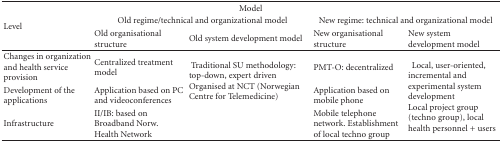
<table><thead><tr><td colspan="5"><b>Model</b></td></tr><tr><td rowspan="2"><b>Level</b></td><td colspan="2"><b>Old regime/technical and organizational model</b></td><td colspan="2"><b>New regime: technical and organizational model </b></td></tr><tr><td><b>Old organisational structure </b></td><td><b>Old system development model</b></td><td><b>New organisational structure</b></td><td><b>New system development model</b></td></tr></thead><tbody><tr><td>Changes in organization and health service provision </td><td>Centralized treatment model</td><td rowspan="3"> Traditional SU methodology:top-down, expert drivenOrganised at NCT (Norwegian Centre for Telemedicine)</td><td>PMT-O: decentralized </td><td rowspan="3">Local, user-oriented, incremental and experimental system development Local project group (techno group), local health personnel + users </td></tr><tr><td>Development of the applications </td><td>Application based on PC and videoconferences</td><td>Application based on mobile phone</td></tr><tr><td>Infrastructure </td><td>II/IB: based on Broadband Norw. Health Network </td><td>Mobile telephone network. Establishment of local techno group </td></tr></tbody></table>